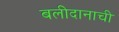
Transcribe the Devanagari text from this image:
बलीदानाची